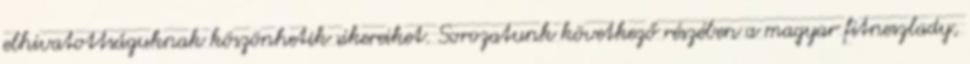
elhivatottságuknak köszönhetik sikereiket. Sorozatunk következő részében a magyar fitneszlady,